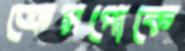
ক্রেসপোকে